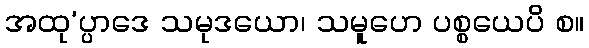
အထု’ပ္ပာဒေ သမုဒယော၊ သမူဟေ ပစ္စယေပိ စ။